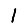
Digit: 1